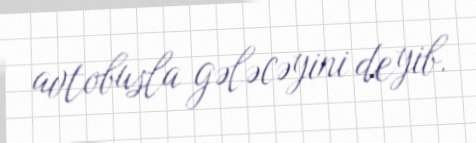
avtobusla gələcəyini deyib.